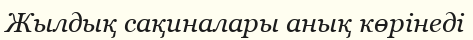
Жылдық сақиналары анық көрінеді